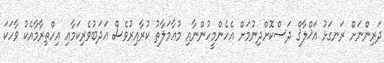
ދަރިންނަށް ރަނގަޅު އަޚްލާޤް ދަސްކޮށްދިނުމަށް އެހެންމީހުންނާއި މުޢާމަލާތު ކުރާއިރުވެސް އަދަބުވެރިކަމާއި އިހްތިރާމާއެކު ވާހަކަ